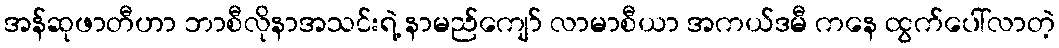
အန်ဆုဖာတီဟာ ဘာစီလိုနာအသင်းရဲ့ နာမည်ကျော် လာမာစီယာ အကယ်ဒမီ ကနေ ထွက်ပေါ်လာတဲ့